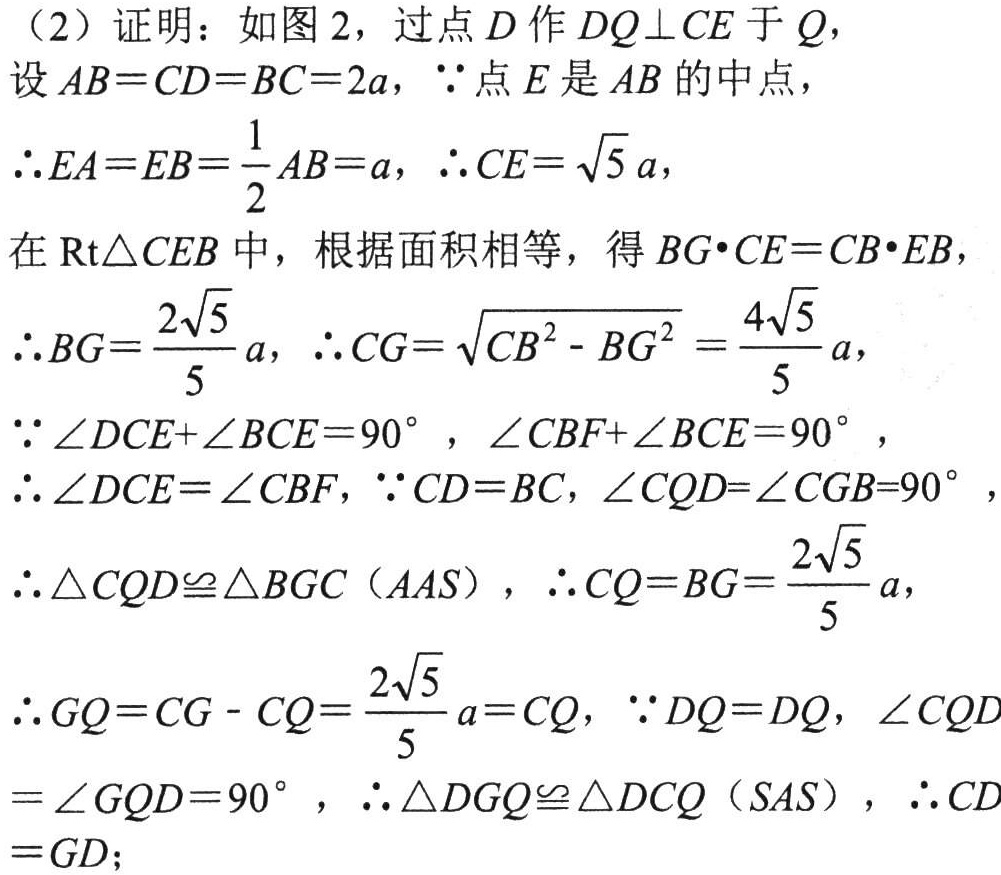
（2）证明：如图2，过点\(D\)作\(DQ\perp CE\)于\(Q\)，

设\(AB = CD = BC = 2a\)，\(\because\)点\(E\)是\(AB\)的中点，

\(\therefore EA=EB=\frac{1}{2}AB = a\)，\(\therefore CE=\sqrt{5}a\)，

在\(Rt\triangle CEB\)中，根据面积相等，得\(BG\cdot CE = CB\cdot EB\)，

\(\therefore BG=\frac{2\sqrt{5}}{5}a\)，\(\therefore CG=\sqrt{CB^{2}-BG^{2}}=\frac{4\sqrt{5}}{5}a\)，

\(\because\angle DCE+\angle BCE = 90^{\circ}\)，\(\angle CBF+\angle BCE = 90^{\circ}\)，

\(\therefore\angle DCE=\angle CBF\)，\(\because CD = BC\)，\(\angle CQD=\angle CGB = 90^{\circ}\)，

\(\therefore\triangle CQD\cong\triangle BGC\)（\(AAS\)），\(\therefore CQ = BG=\frac{2\sqrt{5}}{5}a\)，

\(\therefore GQ=CG - CQ=\frac{2\sqrt{5}}{5}a = CQ\)，\(\because DQ = DQ\)，\(\angle CQD=\angle GQD = 90^{\circ}\)，\(\therefore\triangle DGQ\cong\triangle DCQ\)（\(SAS\)），\(\therefore CD = GD\)；